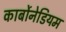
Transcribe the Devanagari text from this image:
कार्बोनेडियम